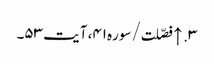
۳. ↑ فصّلت/سوره۴۱، آیت ۵۳۔